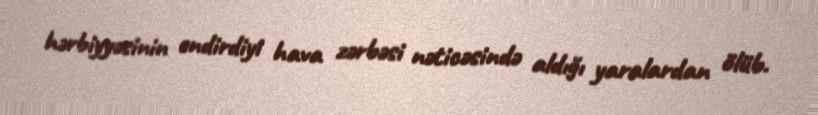
hərbiyyəsinin endirdiyi hava zərbəsi nəticəsində aldığı yaralardan ölüb.